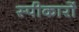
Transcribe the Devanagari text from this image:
स्पीकारों